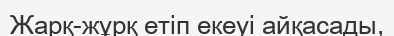
Жарқ-жұрқ етіп екеуі айқасады,